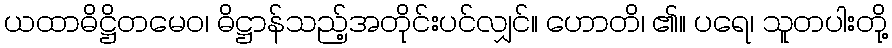
ယထာဓိဋ္ဌိတမေဝ၊ ဓိဋ္ဌာန်သည့်အတိုင်းပင်လျှင်။ ဟောတိ၊ ၏။ ပရေ၊ သူတပါးတို့